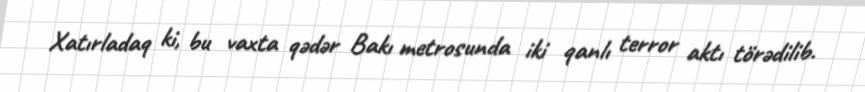
Xatırladaq ki, bu vaxta qədər Bakı metrosunda iki qanlı terror aktı törədilib.